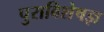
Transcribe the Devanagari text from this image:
पुराविशेषज्ञ